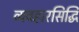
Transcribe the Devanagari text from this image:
व्यवहारसिद्धि